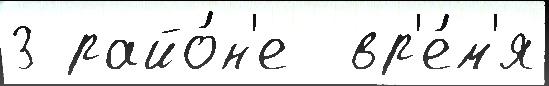
3 райо́н'е  вр'е́м'я